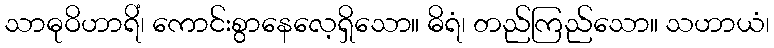
သာဓုဝိဟာရိံ၊ ကောင်းစွာနေလေ့ရှိသော။ ဓိရံ၊ တည်ကြည်သော။ သဟာယံ၊